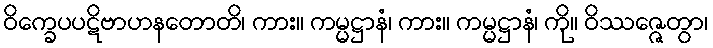
ဝိက္ခေပပဋိဗာဟနတောတိ၊ ကား။ ကမ္မဋ္ဌာနံ၊ ကား။ ကမ္မဋ္ဌာနံ၊ ကို။ ဝိဿဇ္ဇေတွာ၊